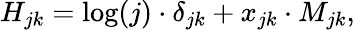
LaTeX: H_{jk}=\log(j)\cdot\delta_{jk}+x_{jk}\cdot M_{jk},